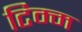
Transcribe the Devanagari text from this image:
टिम्म